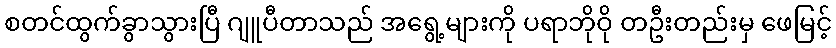
စတင်ထွက်ခွာသွားပြီ ဂျူပီတာသည် အရွေ့များကို ပရာဘိုဝို တဦးတည်းမှ ဖေမြင့်